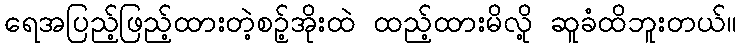
ရေအပြည့်ဖြည့်ထားတဲ့စဉ့်အိုးထဲ ထည့်ထားမိလို့ ဆူခံထိဘူးတယ်။